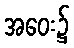
အဝေး၌